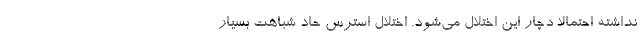
نداشته احتمالاً دچار این اختلال می‌شود. اختلال استرس حاد شباهت بسیار